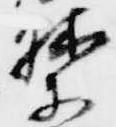
禁